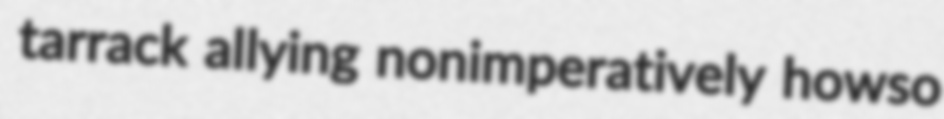
tarrack allying nonimperatively howso